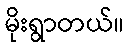
မိုးရွာတယ်။